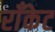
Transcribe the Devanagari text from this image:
राँकेट